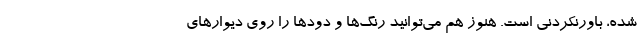
شده، باورنکردنی است. هنوز هم می‌توانید رنگ‌ها و دودها را روی دیوارهای